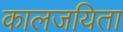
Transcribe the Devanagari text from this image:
कालजयिता